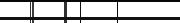
٨٣